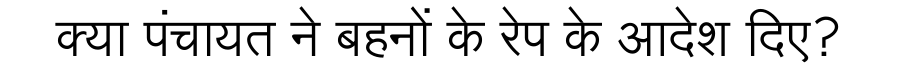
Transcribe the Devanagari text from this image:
क्या पंचायत ने बहनों के रेप के आदेश दिए?